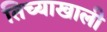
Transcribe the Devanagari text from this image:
तिच्याखाली